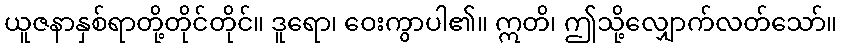
ယူဇနာနှစ်ရာတို့တိုင်တိုင်။ ဒူရော၊ ဝေးကွာပါ၏။ ဣတိ၊ ဤသို့လျှောက်လတ်သော်။